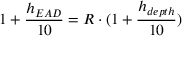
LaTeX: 1 + { \frac { h _ { E A D } } { 1 0 } } = R \cdot ( 1 + { \frac { h _ { d e p t h } } { 1 0 } } )